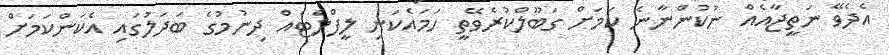
އެދެވޭ ނަތީޖާއެއް ނުކުންނާނެ ކަމަށް ގަބޫލްކުރެވޭތީ ހަމައެކަނި ލީފްލެޓެއް ދިނުމުގެ ބަދަލުގައި އެކަންކަމަށް